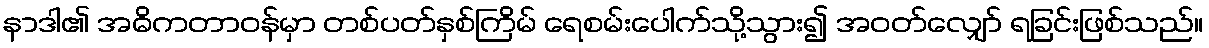
နာဒါ၏ အဓိကတာဝန်မှာ တစ်ပတ်နှစ်ကြိမ် ရေစမ်းပေါက်သို့သွား၍ အဝတ်လျှော် ရခြင်းဖြစ်သည်။